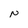
Character: N